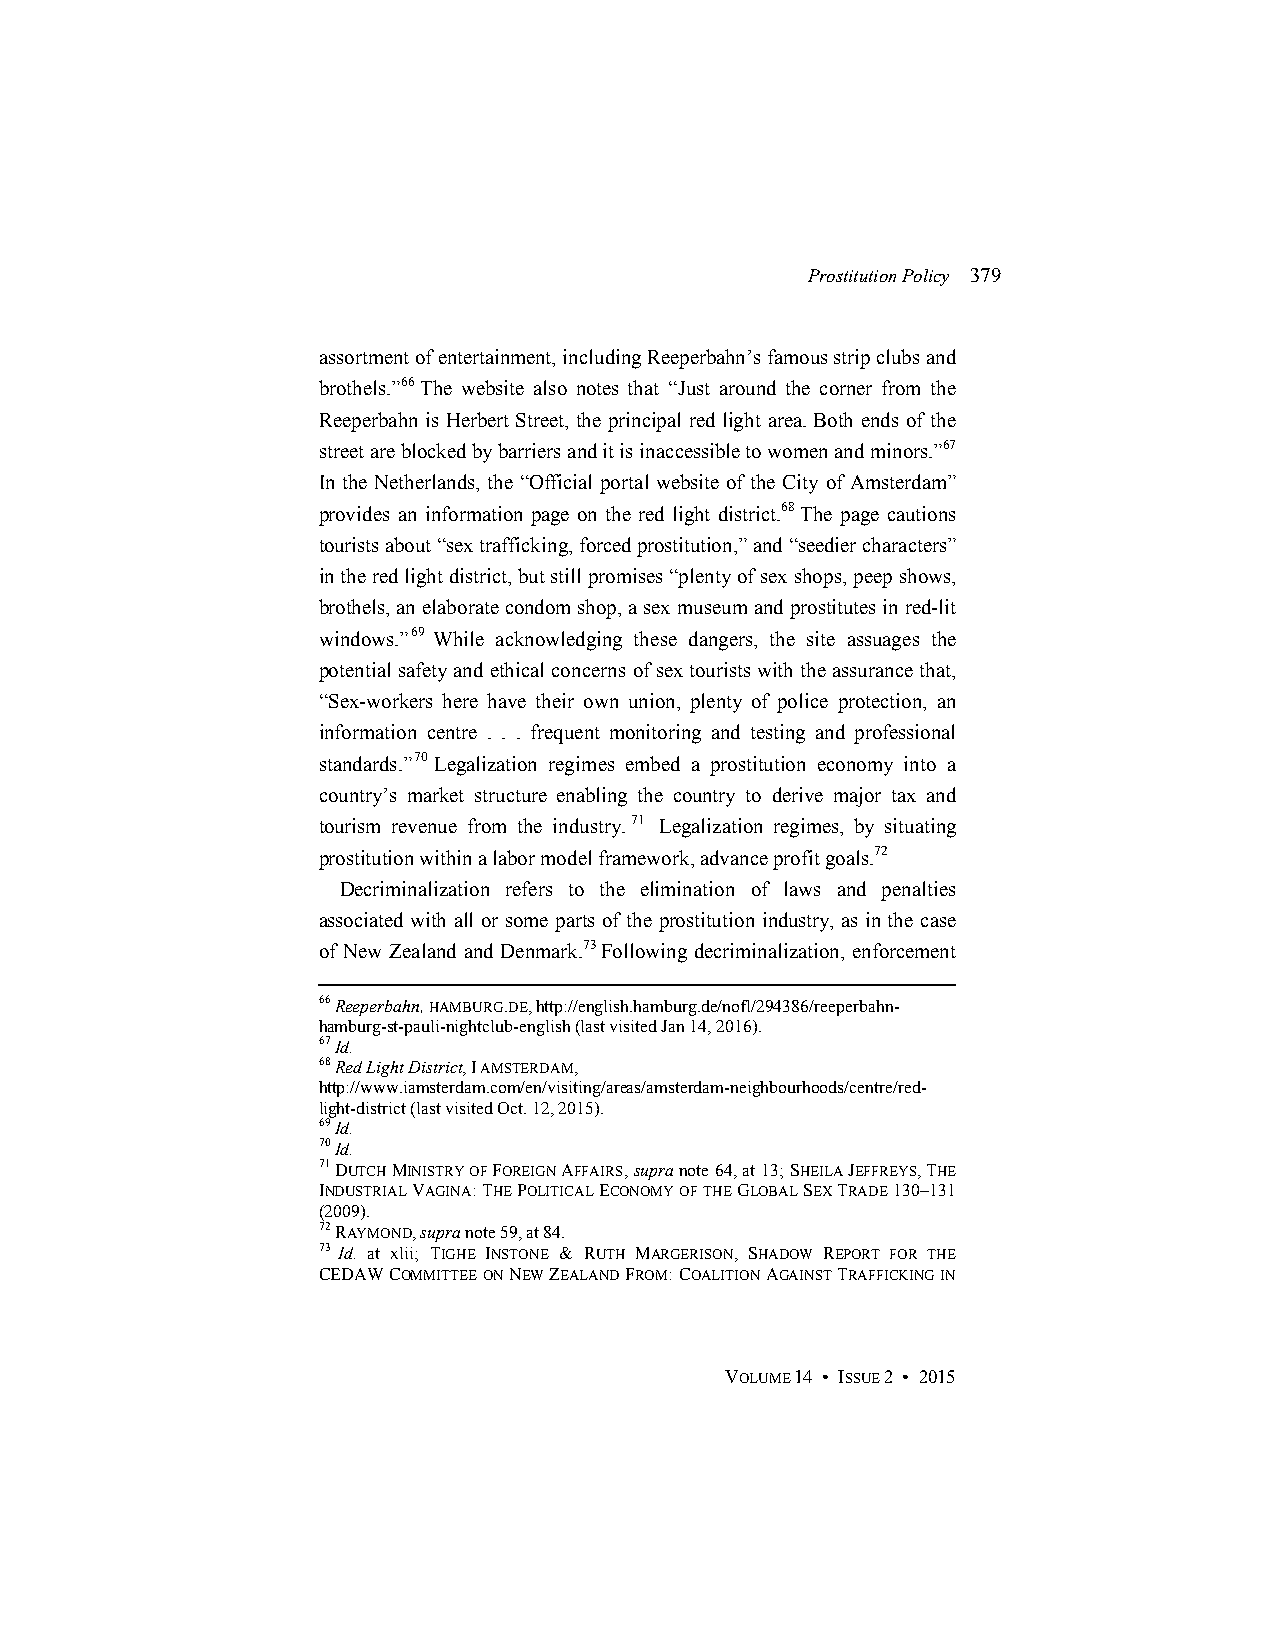
Prostitution Policy 379
 assortment of entertainment, including Reeperbahn’s famous strip clubs and
 brothels.”66 The website also notes that “Just around the corner from the
 Reeperbahn is Herbert Street, the principal red light area. Both ends of the
 street are blocked by barriers and it is inaccessible to women and minors.”67
 In the Netherlands, the “Official portal website of the City of Amsterdam”
 provides an information page on the red light district.68 The page cautions
 tourists about “sex trafficking, forced prostitution,” and “seedier characters”
 in the red light district, but still promises “plenty of sex shops, peep shows,
 brothels, an elaborate condom shop, a sex museum and prostitutes in red-lit
 windows.”69 While acknowledging these dangers, the site assuages the
 potential safety and ethical concerns of sex tourists with the assurance that,
 “Sex-workers here have their own union, plenty of police protection, an
 information centre . . . frequent monitoring and testing and professional
 standards.”70 Legalization regimes embed a prostitution economy into a
 country’s market structure enabling the country to derive major tax and
 tourism revenue from the industry. 71 Legalization regimes, by situating
 prostitution within a labor model framework, advance profit goals.72
 Decriminalization refers to the elimination of laws and penalties
 associated with all or some parts of the prostitution industry, as in the case
 of New Zealand and Denmark.73 Following decriminalization, enforcement
 66 Reeperbahn, HAMBURG.DE, http://english.hamburg.de/nofl/294386/reeperbahn-
 hamburg-st-pauli-nightclub-english (last visited Jan 14, 2016).
 67 Id.
 68 Red Light District, I AMSTERDAM,
 http://www.iamsterdam.com/en/visiting/areas/amsterdam-neighbourhoods/centre/red-
 light-district (last visited Oct. 12, 2015).
 69 Id.
 70 Id.
 71 DUTCH MINISTRY OF FOREIGN AFFAIRS, supra note 64, at 13; SHEILA JEFFREYS, THE
 INDUSTRIAL VAGINA: THE POLITICAL ECONOMY OF THE GLOBAL SEX TRADE 130–131
 (2009).
 72 RAYMOND, supra note 59, at 84.
 73 Id. at xlii; TIGHE INSTONE & RUTH MARGERISON, SHADOW REPORT FOR THE
 CEDAW COMMITTEE ON NEW ZEALAND FROM: COALITION AGAINST TRAFFICKING IN
 VOLUME 14 • ISSUE 2 • 2015